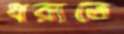
ধরাতে